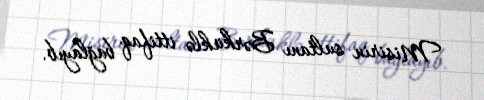
Misirin sultanı Bərküklə ittifaq bağlayıb.